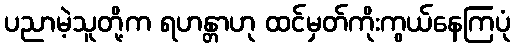
ပညာမဲ့သူတို့က ရဟန္တာဟု ထင်မှတ်ကိုးကွယ်နေကြပုံ